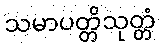
သမာပတ္တိသုတ္တံ